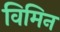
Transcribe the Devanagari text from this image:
विमिन